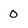
Character: 0